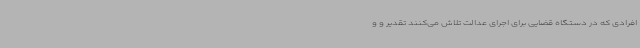
افرادی که در دستگاه قضایی برای اجرای عدالت تلاش می‌کنند تقدیر و و